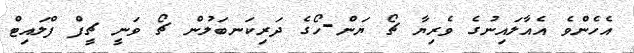
އެހެންވެ އެއާލައިނުގެ ވެރިޔާ ޗޯ ޔަން-ހޯގެ ދަރިކަނބަލުން ޗޯ ވަނީ ޗީފް ފްލައިޓް